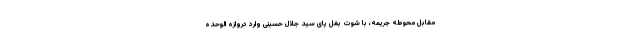
مقابل محوطه جریمه، با شوت بغل پای سید جلال حسینی وارد دروازه الوحده